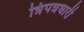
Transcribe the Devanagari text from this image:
त्रिपत्रधारी